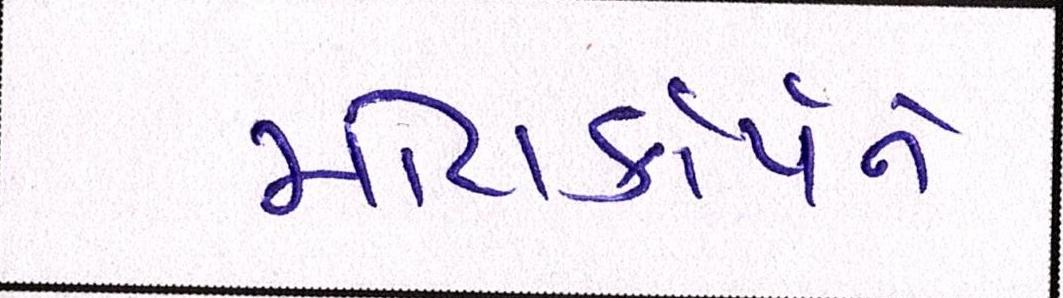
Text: મોટોકોર્પને